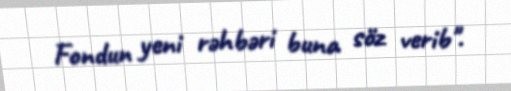
Fondun yeni rəhbəri buna söz verib".